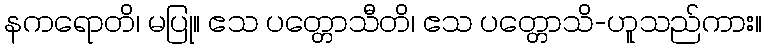
နကရောတိ၊ မပြု။ ဧသ ပတ္တောသီတိ၊ ဧသ ပတ္တောသိ-ဟူသည်ကား။